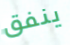
ينفق